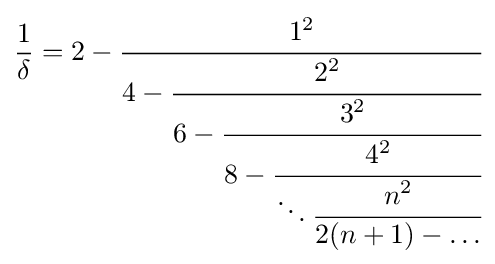
{\frac {1}{\delta }}=2-{\cfrac {1^{2}}{4-{\cfrac {2^{2}}{6-{\cfrac {3^{2}}{8-{\cfrac {4^{2}}{\ddots {\cfrac {n^{2}}{2(n+1)-\dots }}}}}}}}}}